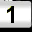
Digit: 1